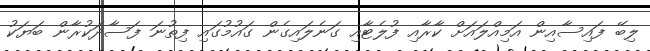
ލިބޭ ފައިސާއިން އަމިއްލައަށް ކާރާއި ފުލެޓާއި ގަނެލައިގެން ގައުމުގައި ފިތުނަ ފަސާދަކުރާން ބަޔަކު